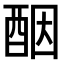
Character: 𫑵